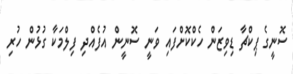
ސޮނީގެ ޕިކްޗާ ޑިވިޒަން ހެކްކޮށްފައި ވަނީ ސޮނީން އުފެއްދި ފިލްމަކާ ގުޅުން ހުރި